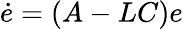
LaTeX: {\dot{e}}=(A-LC)e